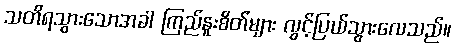
သတိရသွားသောအခါ ကြည်နူးစိတ်များ လွင့်ပြယ်သွားလေသည်။